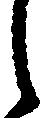
し